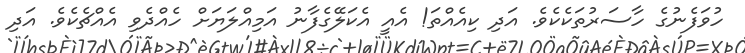
ހުވަފެނުގެ ހާސަރުތަކެކެވެ. އަދި ކިއެއްތަ! އެއީ އެކަލޭގެފާނު އަމިއްލަޔަށް ހެއްދެވި އެއްޗެކެވެ. އަދި